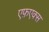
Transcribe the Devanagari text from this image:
एफ़एक्स